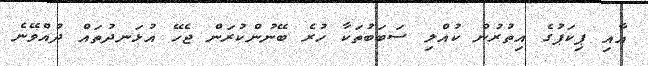
އާއި ޕިކަޕުގެ އިތުރުން ކުއްލި ސަބަބުތަކާ ހުރެ ބޭނުންކުރަން ޖެހޭ އުޅަނދުތައް ދުއްވޭނެ